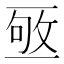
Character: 𠄹